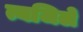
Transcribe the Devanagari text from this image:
त्यजिले